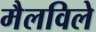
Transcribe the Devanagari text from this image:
मैलविले